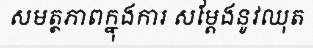
សមត្ថភាពក្នុងការ សម្តែងនូវឈុត